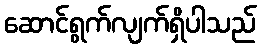
ဆောင်ရွက်လျက်ရှိပါသည်